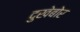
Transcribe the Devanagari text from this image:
दुखेबोर